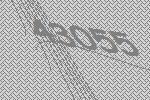
43055